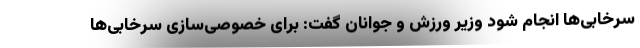
سرخابی‌ها انجام شود وزیر ورزش و جوانان گفت: برای خصوصی‌سازی سرخابی‌ها